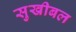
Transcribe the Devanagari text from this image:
सुखीबल